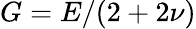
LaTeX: {G=E/(2+2\nu)}